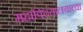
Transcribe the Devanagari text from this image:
महाविदयालयाच्या